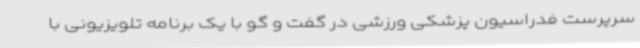
سرپرست فدراسیون پزشکی ورزشی در گفت و گو با یک برنامه تلویزیونی با